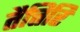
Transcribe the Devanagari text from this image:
तैत्तिरि